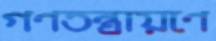
গণতন্ত্রায়ণে